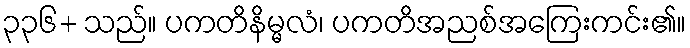
၃၃၆+ သည်။ ပကတိနိမ္မလံ၊ ပကတိအညစ်အကြေးကင်း၏။